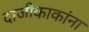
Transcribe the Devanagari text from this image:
दाजीकाकांना